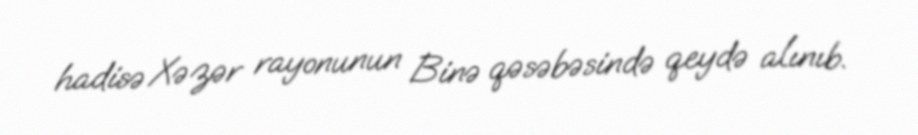
hadisə Xəzər rayonunun Binə qəsəbəsində qeydə alınıb.